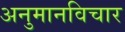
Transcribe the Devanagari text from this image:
अनुमानविचार